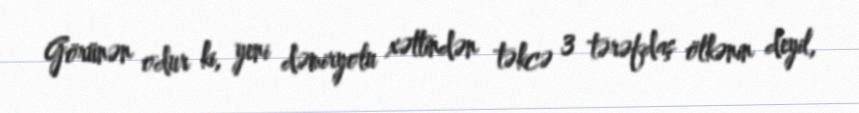
Görünən odur ki, yeni dəmiryolu xəttindən təkcə 3 tərəfdaş ölkənin deyil,